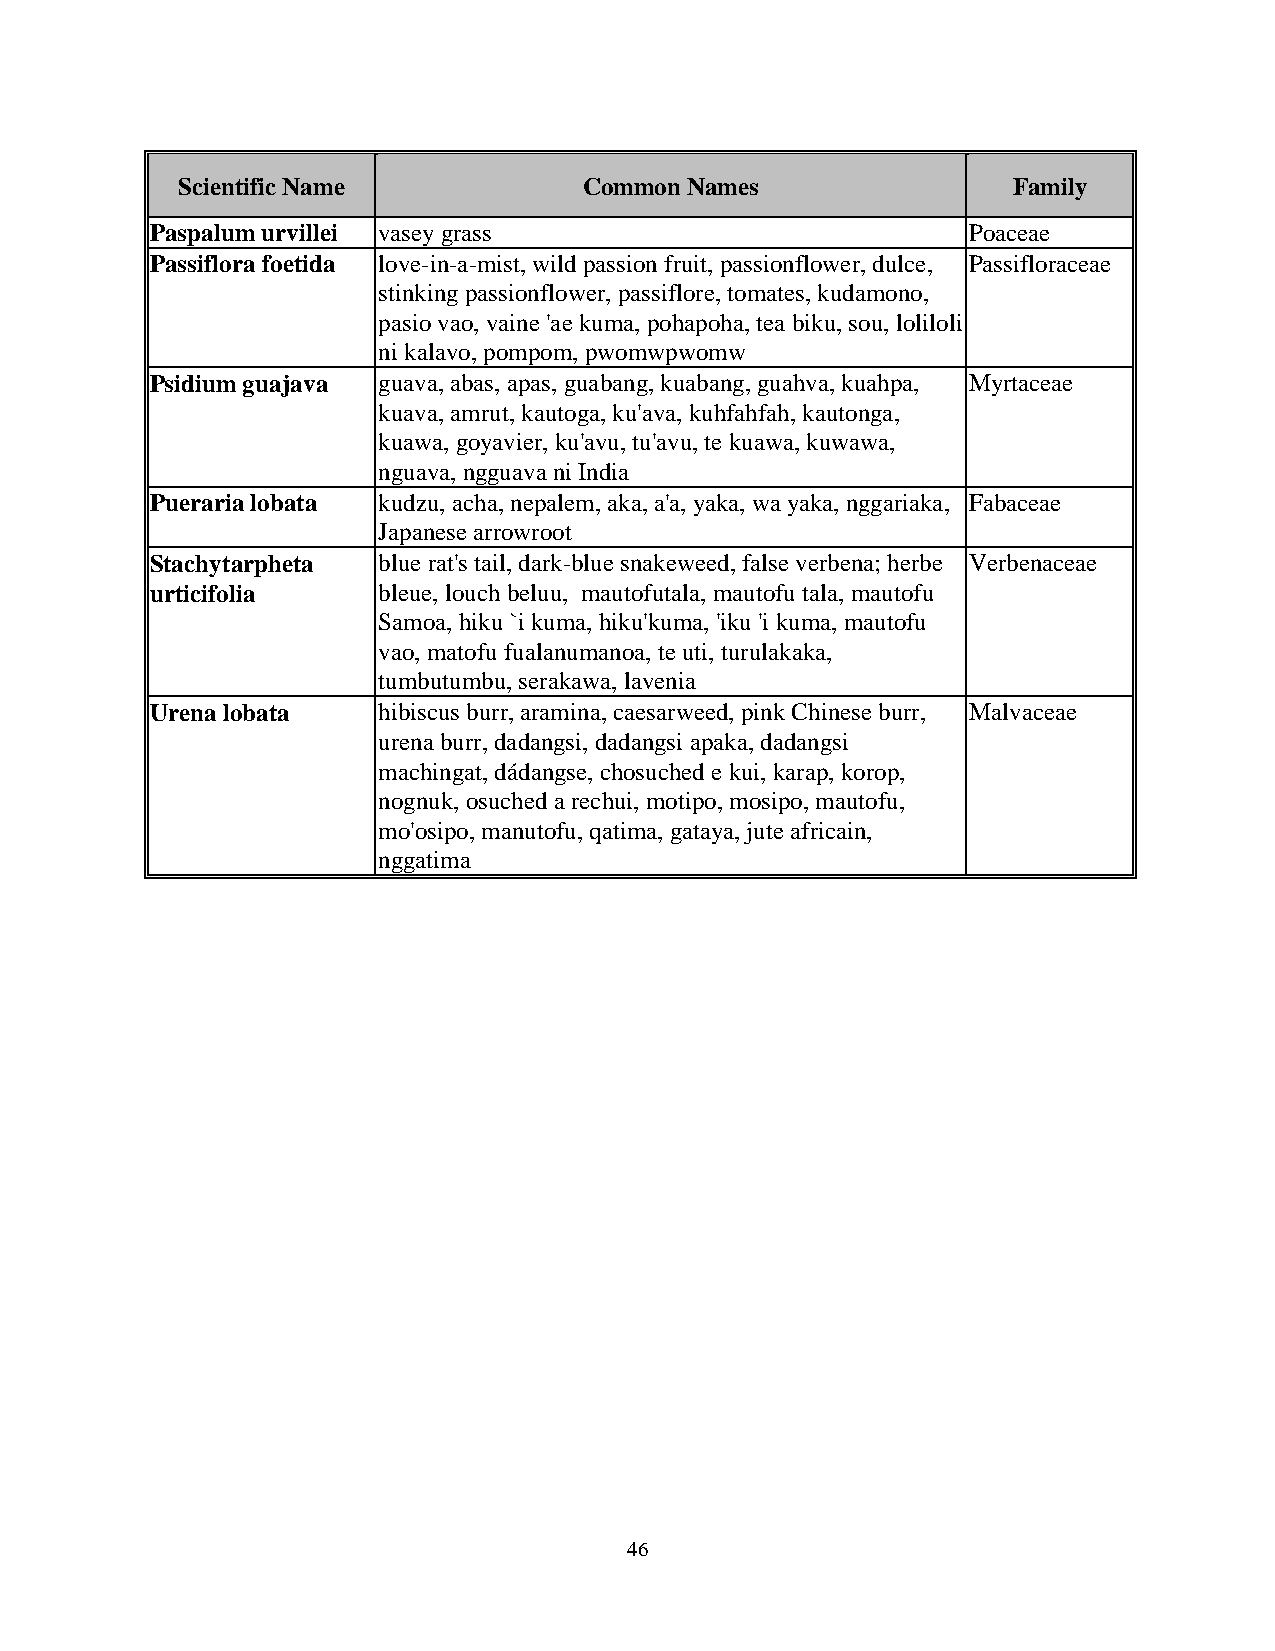
Scientific Name            Common Names                Family
 Paspalum urvillei vasey grass                         Poaceae
 Passiflora foetida love-in-a-mist, wild passion fruit, passionflower, dulce, Passifloraceae
 stinking passionflower, passiflore, tomates, kudamono,
 pasio vao, vaine 'ae kuma, pohapoha, tea biku, sou, loliloli
 ni kalavo, pompom, pwomwpwomw
 Psidium guajava guava, abas, apas, guabang, kuabang, guahva, kuahpa, Myrtaceae
 kuava, amrut, kautoga, ku'ava, kuhfahfah, kautonga,
 kuawa, goyavier, ku'avu, tu'avu, te kuawa, kuwawa,
 nguava, ngguava ni India
 Pueraria lobata kudzu, acha, nepalem, aka, a'a, yaka, wa yaka, nggariaka, Fabaceae
 Japanese arrowroot
 Stachytarpheta blue rat's tail, dark-blue snakeweed, false verbena; herbe Verbenaceae
 urticifolia    bleue, louch beluu, mautofutala, mautofu tala, mautofu
 Samoa, hiku `i kuma, hiku'kuma, 'iku 'i kuma, mautofu
 vao, matofu fualanumanoa, te uti, turulakaka,
 tumbutumbu, serakawa, lavenia
 Urena lobata   hibiscus burr, aramina, caesarweed, pink Chinese burr, Malvaceae
 urena burr, dadangsi, dadangsi apaka, dadangsi
 machingat, dádangse, chosuched e kui, karap, korop,
 nognuk, osuched a rechui, motipo, mosipo, mautofu,
 mo'osipo, manutofu, qatima, gataya, jute africain,
 nggatima
 46